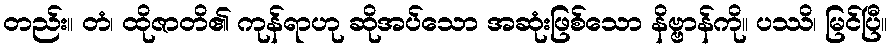
တည်း။ တံ၊ ထိုဇာတိ၏ ကုန်ရာဟု ဆိုအပ်သော အဆုံးဖြစ်သော နိဗ္ဗာန်ကို။ ပဿိ၊ မြင်ပြီ။